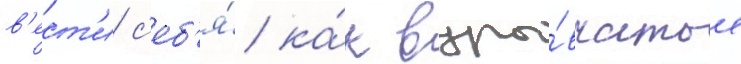
в'ест'и с'еб'я́ ка́к взры́вчатое